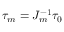
\tau _ { m } = { \cal J } _ { m } ^ { - 1 } \tau _ { 0 }